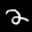
Label: 2